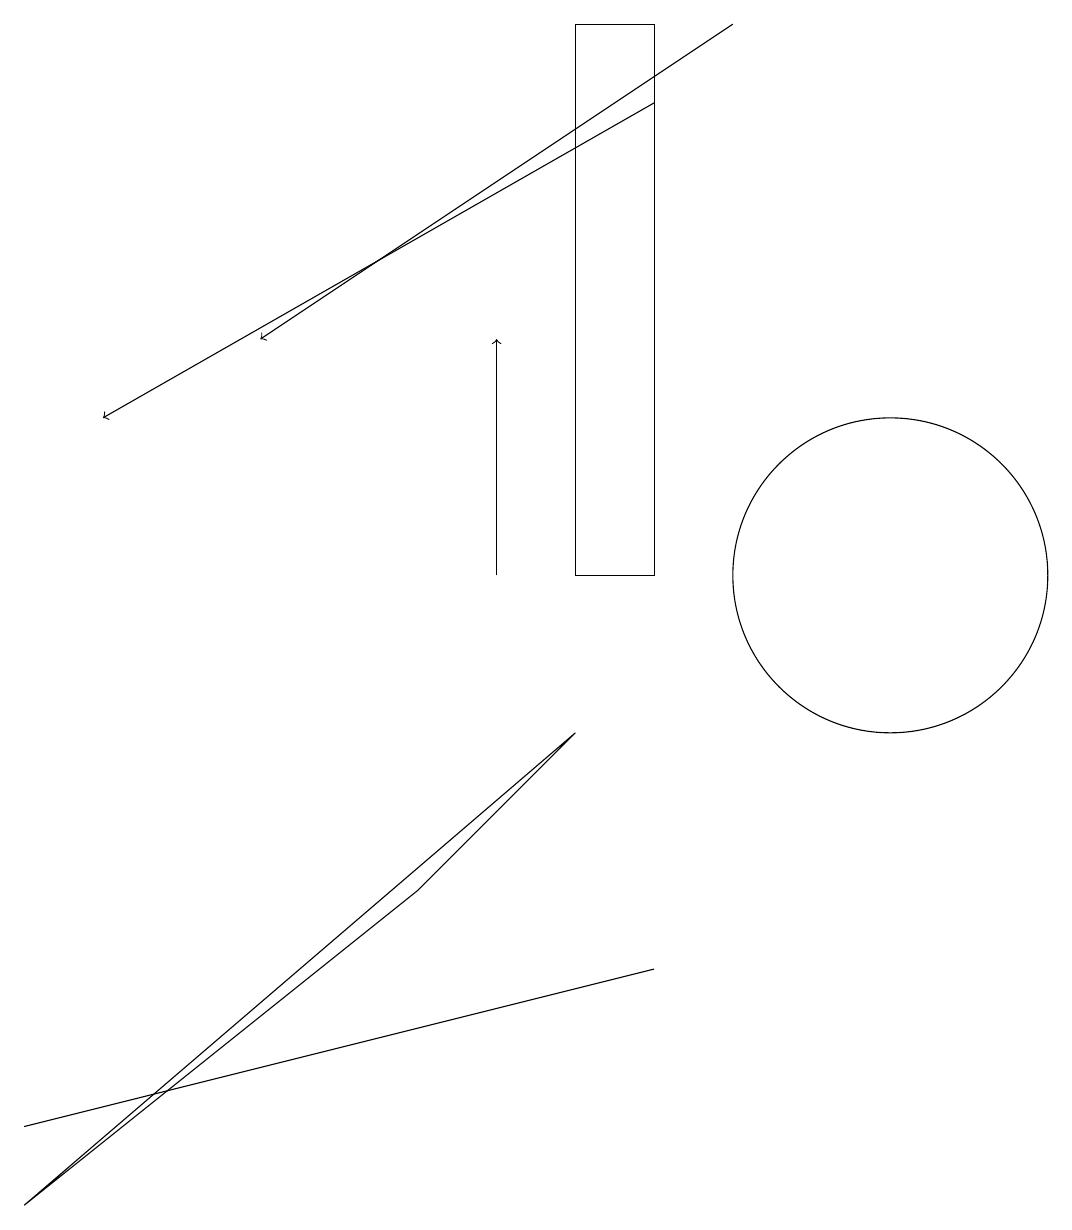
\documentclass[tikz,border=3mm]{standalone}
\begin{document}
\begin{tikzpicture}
\draw (11,10) circle (2);
\draw[->] (9,17) -- (3,13);
\draw[->] (8,16) -- (1,12);
\draw (7,10) rectangle (8,17);
\draw[->] (6,10) -- (6,13);
\draw (0,3) -- (0,3) -- (8,5) -- cycle;
\draw (5,6) -- (0,2) -- (7,8) -- cycle;
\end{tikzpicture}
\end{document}